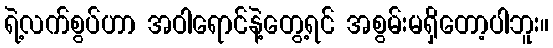
ရဲ့လက်စွပ်ဟာ အဝါရောင်နဲ့တွေ့ရင် အစွမ်းမရှိတော့ပါဘူး။